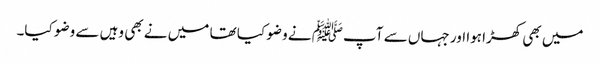
میں بھی کھڑا ہوا اور جہاں سے آپﷺ نے وضو کیا تھا میں نے بھی وہیں سے وضو کیا۔